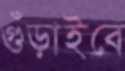
গুঁড়াইবে